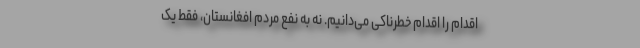
اقدام را اقدام خطرناکی می‌دانیم. نه به نفع مردم افغانستان، فقط یک